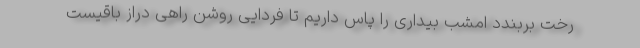
رخت بربندد امشب بیداری را پاس داریم تا فردایی روشن راهی دراز باقیست